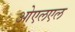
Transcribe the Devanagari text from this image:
ओएलएल